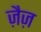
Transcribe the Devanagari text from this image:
ज़ैज़